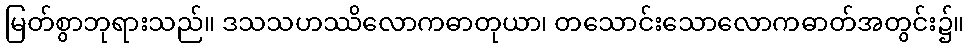
မြတ်စွာဘုရားသည်။ ဒသသဟဿိလောကဓာတုယာ၊ တသောင်းသောလောကဓာတ်အတွင်း၌။